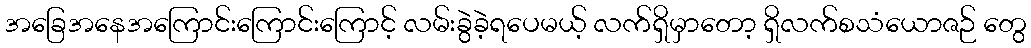
အခြေအနေအကြောင်းကြောင်းကြောင့် လမ်းခွဲခဲ့ရပေမယ့် လက်ရှိမှာတော့ ရှိလက်စသံယောဇဉ် တွေ